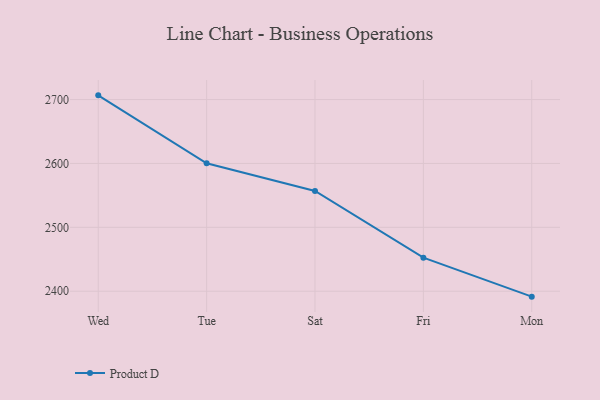
{"axis": {"x": "Day", "y": "Tickets Resolved"}, "legend": ["Product D"], "data": [{"x": "Wed", "y": 2706.6, "type": "Product D"}, {"x": "Tue", "y": 2600.3, "type": "Product D"}, {"x": "Sat", "y": 2556.9, "type": "Product D"}, {"x": "Fri", "y": 2452.5, "type": "Product D"}, {"x": "Mon", "y": 2391.5, "type": "Product D"}]}